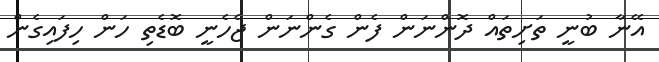
އޭނާ ބުނީ ތަށިތައް ދޮންނަން ފެން ގެންނަން ޖެހެނީ ބޮޑެތި ހަން ހިފައިގެން